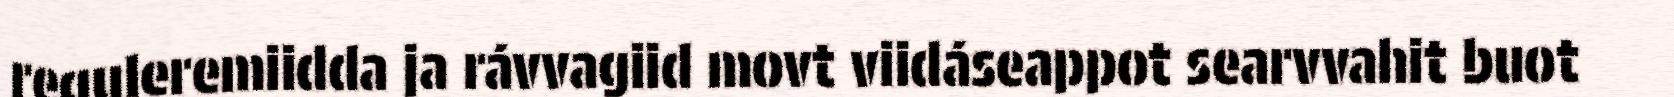
reguleremiidda ja rávvagiid movt viidáseappot searvvahit buot